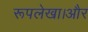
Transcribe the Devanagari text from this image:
रूपलेखा।और